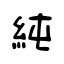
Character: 純